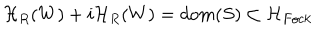
{ \cal H } _ { R } ( W ) + i { \cal H } _ { R } ( W ) = d o m ( S ) \subset { \cal H } _ { F o c k }